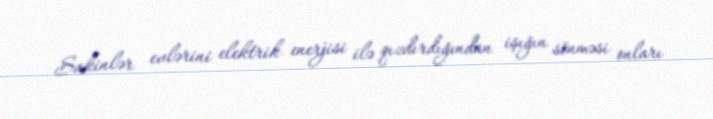
Sakinlər evlərini elektrik enerjisi ilə qızdırdığından işığın sönməsi onları